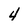
Character: 4